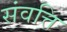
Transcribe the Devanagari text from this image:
संवत्ति